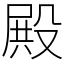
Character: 殿